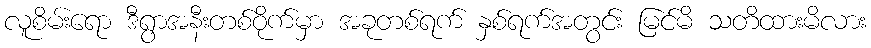
လူစိမ်းရော ဒီရွာအနီးတစ်ဝိုက်မှာ အခုတစ်ရက် နှစ်ရက်အတွင်း မြင်မိ သတိထားမိလား